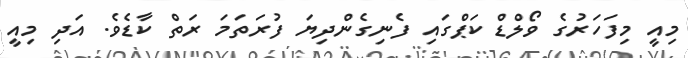
މިއީ މިފަހަރުގެ ވޯލްޑް ކަޕްގައި ފެނިގެންދިޔަ ފުރަތަމަ ރަތް ކާޑެވެ. އަދި މިއީ